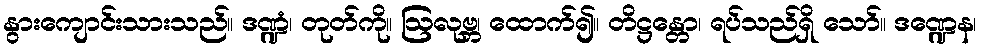
နွားကျောင်းသားသည်။ ဒဏ္ဍံ၊ တုတ်ကို။ ဩလုဗ္ဘ၊ ထောက်၍။ တိဋ္ဌန္တော၊ ရပ်သည်ရှိ သော်။ ဒဏ္ဍေန၊